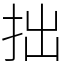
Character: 拙